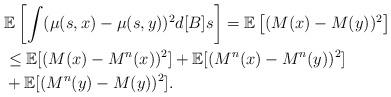
LaTeX: \begin{align*} & \mathbb{E}\left[\int (\mu(s,x) - \mu(s,y))^2d[B]s \right] = \mathbb{E}\left[(M(x)-M(y))^2 \right] \\ & \leq \mathbb{E}[(M(x) - M^n(x))^2]+ \mathbb{E}[(M^n(x)- M^n(y))^2] \\ & + \mathbb{E}[(M^n(y) - M(y))^2] .\end{align*}